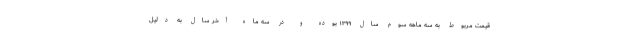
قیمت مربوط به سه ماهه سوم سال ۱۳۹۹ بوده و در سه ماه آخر سال به دلیل